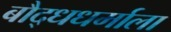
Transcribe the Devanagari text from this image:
बौद्धधर्माला